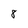
Character: 8